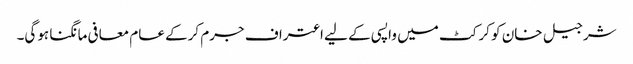
شرجیل خان کو کرکٹ میں واپسی کے لیے اعتراف جرم کرکے عام معافی مانگنا ہوگی۔